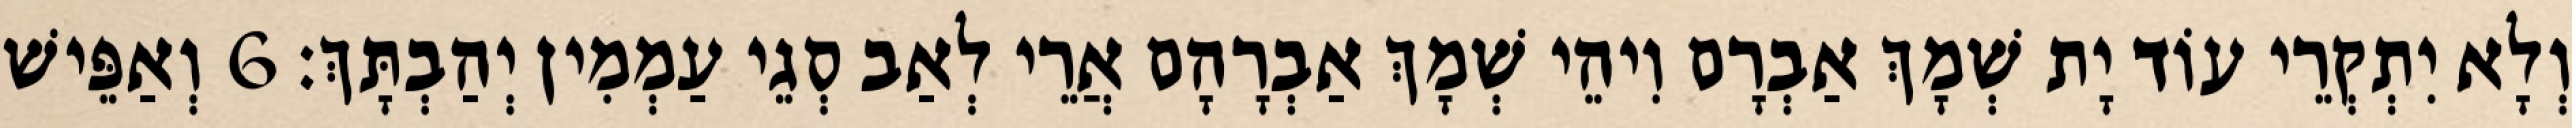
וְלָא יִתְקְרֵי עוֹד יָת שְׁמָךְ אַבְרָם וִיהֵי שְׁמָךְ אַבְרָהָם אֲרֵי לְאַב סְגֵי עַמְמִין יְהַבְתָּךְ׃ 6 וְאַפֵּישׁ